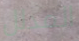
المدلل